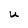
Character: U